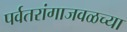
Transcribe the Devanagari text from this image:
पर्वतरांगाजवळच्या